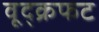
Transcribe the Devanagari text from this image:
वूद्क्रफट